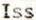
ISS